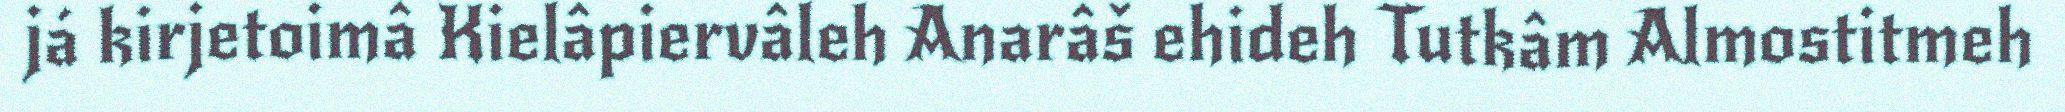
já kirjetoimâ Kielâpiervâleh Anarâš ehideh Tutkâm Almostitmeh